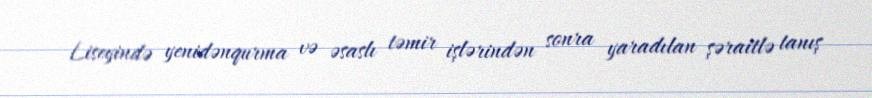
Liseyində yenidənqurma və əsaslı təmir işlərindən sonra yaradılan şəraitlə tanış